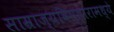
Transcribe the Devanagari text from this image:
साम्राज्यविस्तारामध्ये